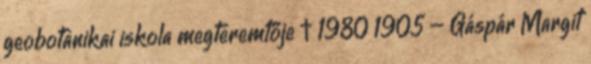
geobotanikai iskola megteremtője † 1980 1905 – Gáspár Margit